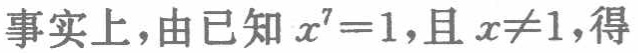
事实上，由已知\(x^{7}=1\)，且\(x\neq1\)，得